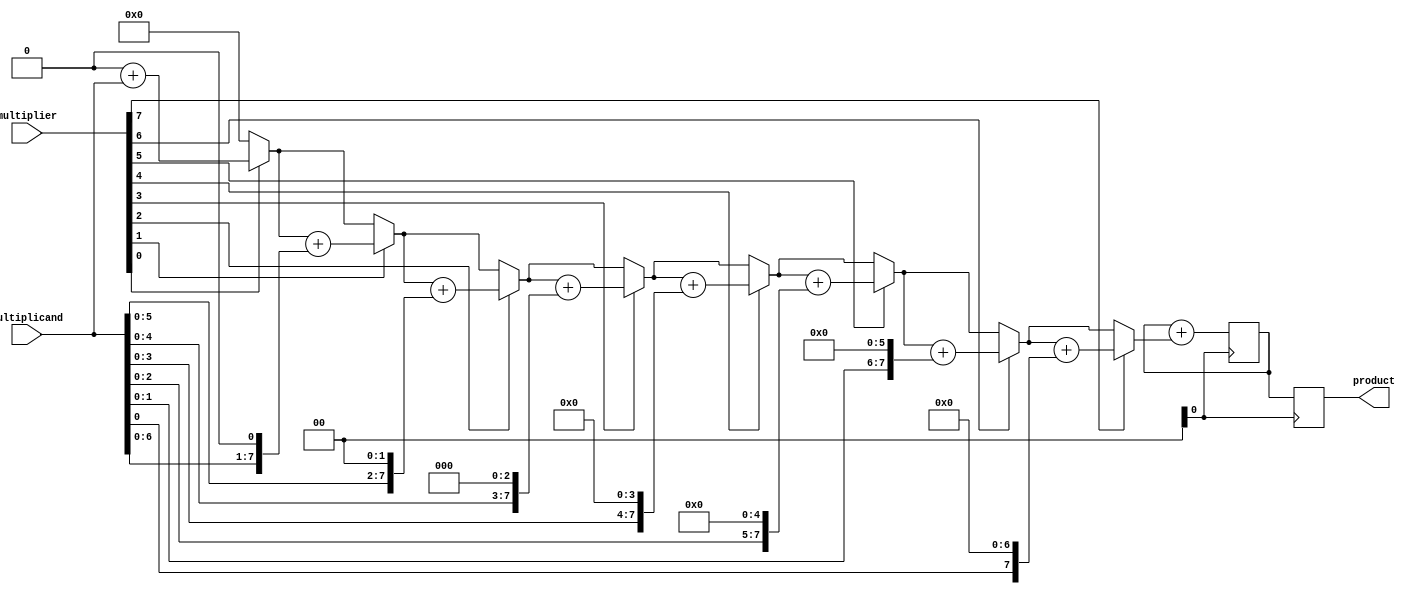
module ShiftAndAddMultiplier (
    input [7:0] multiplicand,
    input [7:0] multiplier,
    output reg [15:0] product
);

reg [7:0] shifted_multiplicand;
reg [7:0] partial_product;
reg [15:0] sum;
integer i;

// Partial product generator
always @(*) begin
    shifted_multiplicand = multiplicand;
    partial_product = 0;
    for (i = 0; i < 8; i = i + 1) begin
        if (multiplier[i] == 1) begin
            partial_product = partial_product + (shifted_multiplicand << i);
        end
    end
end

// Partial product accumulator
always @(posedge clk) begin
    sum = sum + partial_product;
end

// Final adder
always @(posedge clk) begin
    product <= sum;
end

endmodule